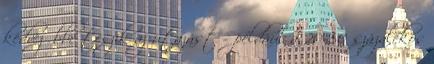
kedvezőbbé teszik az utazást – például a 20–50 százalékos